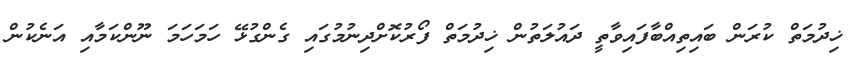
ޚިދުމަތް ކުރަން ބައިތިއްބާފައިވާތީ ދައުލަތުން ޚިދުމަތް ފޯރުކޮށްދިނުމުގައި ގެންގުޅޭ ހަމަހަމަ ނޫންކަމާއި އަނެކުން